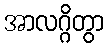
အာလဂ္ဂိတွာ